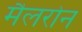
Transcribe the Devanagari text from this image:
मैलरोन